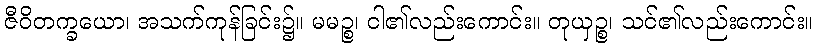
ဇီဝိတက္ခယော၊ အသက်ကုန်ခြင်း၌။ မမဉ္စ၊ ငါ၏လည်းကောင်း။ တုယှဉ္စ၊ သင်၏လည်းကောင်း။